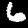
Digit: 6